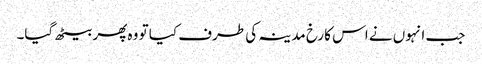
جب انہوں نے اس کا رخ مدینہ کی طرف کیا تو وہ پھر بیٹھ گیا۔